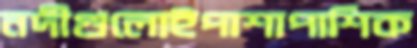
নদীগুলোইপাশাপাশিক